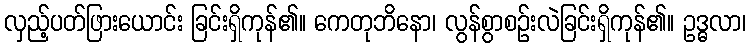
လှည့်ပတ်ဖြားယောင်း ခြင်းရှိကုန်၏။ ကေတုဘိနော၊ လွန်စွာစဉ်းလဲခြင်းရှိကုန်၏။ ဥဒ္ဓလာ၊